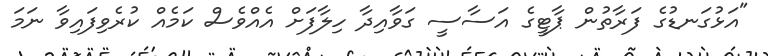
"އަޅުގަނޑުގެ ފަރާތުން ޕާޓީގެ އަސާސީ ގަވާއިދާ ހިލާފަށް އެއްވެސް ކަމެއް ކުރެވިފައިވާ ނަމަ